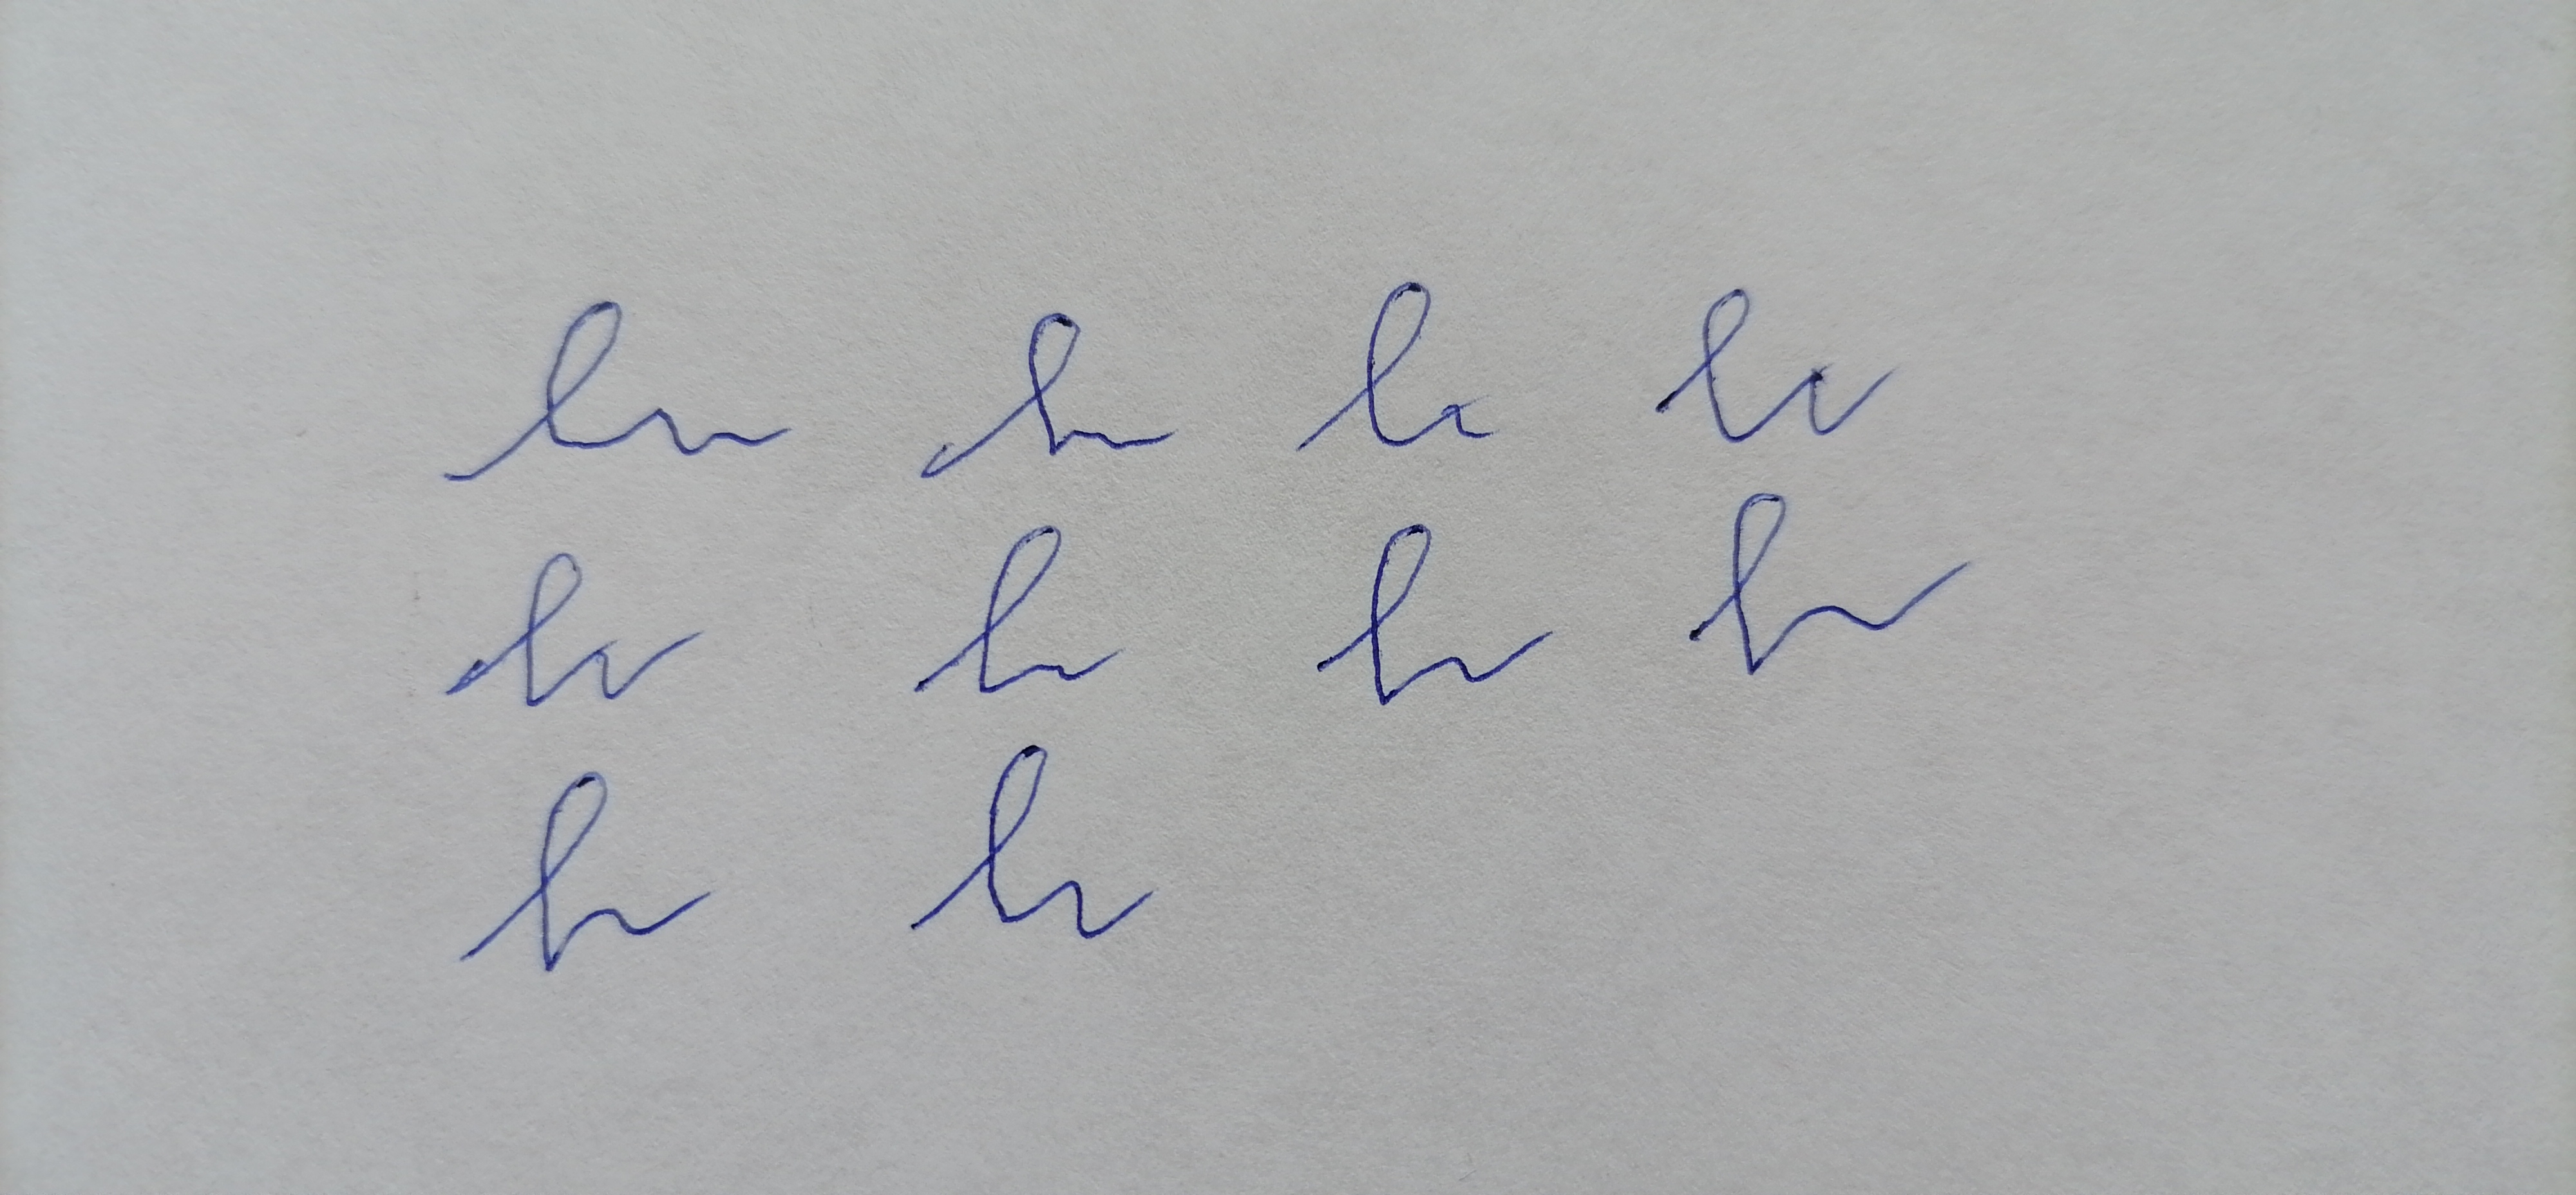
Signature authenticity: forged